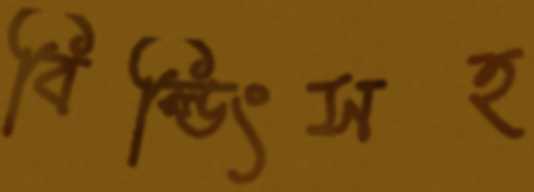
বিল্ডিংসহ